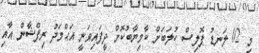
މި 02 ލަނޑު ޕޮލިސް ކުލަބަށް ކާމިޔާބުކޮށް ދީފައިވަނީ އަޙްމަދު ރިފްޝާން އާއި